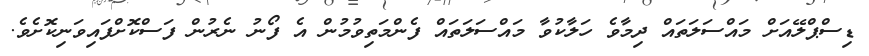
ޑިސްޕްލޭއަަށް މައްސަލަތައް ދިމާވެ ހަލާކުވާ މައްސަލަތައް ފެންމަތިވުމުން އެ ފޯނު ނެރުން ފަސްކޮށްފައިވަނިކޮށެވެ.